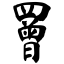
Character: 罾